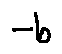
- b